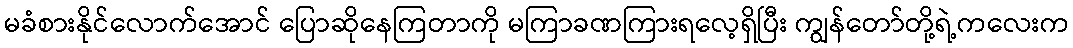
မခံစားနိုင်လောက်အောင် ပြောဆိုနေကြတာကို မကြာခဏကြားရလေ့ရှိပြီး ကျွန်တော်တို့ရဲ့ကလေးက